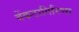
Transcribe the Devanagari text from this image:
वेंकटागिरिप्पा